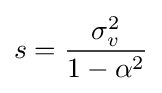
s={\frac {\sigma _{v}^{2}}{1-\alpha ^{2}}}